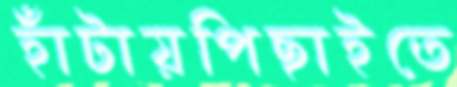
হাঁটায়পিছাইতে